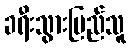
ခရီးသွားပြည်သူ